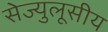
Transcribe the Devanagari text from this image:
सेज्युलूसीय